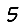
Digit: 5